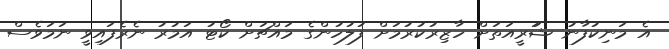
އެ މަނިކުފާނު ޝަަަރީއަތަށް ހާޒިރުކުރުމަށް ފުލުހުންގެ މައްޗަށް ކޯޓު އަމުރު ނެރެފައިވީ ނަމަވެސް